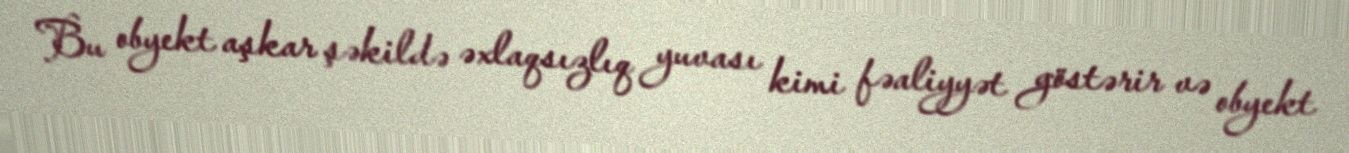
Bu obyekt aşkar şəkildə əxlaqsızlıq yuvası kimi fəaliyyət göstərir və obyekt